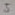
Text: 5